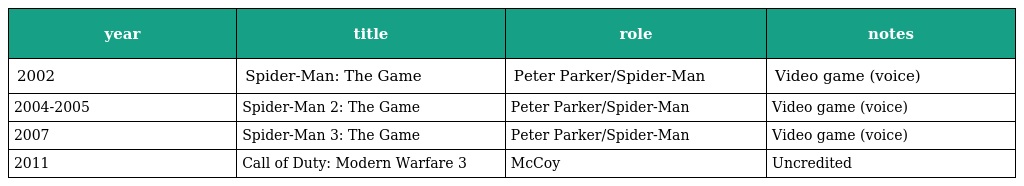
| year | title | role | notes |
 | --- | --- | --- | --- |
 | 2002 | Spider-Man: The Game | Peter Parker/Spider-Man | Video game (voice) |
 | 2004-2005 | Spider-Man 2: The Game | Peter Parker/Spider-Man | Video game (voice) |
 | 2007 | Spider-Man 3: The Game | Peter Parker/Spider-Man | Video game (voice) |
 | 2011 | Call of Duty: Modern Warfare 3 | McCoy | Uncredited |